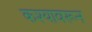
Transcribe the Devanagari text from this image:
कश्यावरून